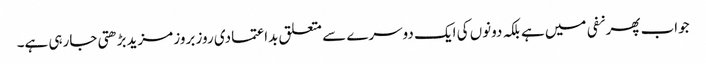
جواب پھر نفی میں ہے بلکہ دونوں کی ایک دوسرے سے متعلق بداعتمادی روز بروز مزیدبڑھتی جارہی ہے۔